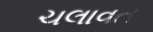
ચલાવત